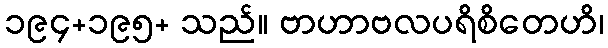
၁၉၄+၁၉၅+ သည်။ ဗာဟာဗလပရိစိတေဟိ၊